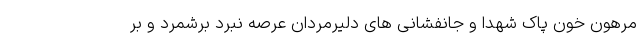
مرهون خون پاک شهدا و جانفشانی های دلیرمردان عرصه نبرد برشمرد و بر